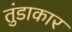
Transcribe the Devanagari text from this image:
तुंडाकार